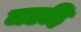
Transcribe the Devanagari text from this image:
जडहि